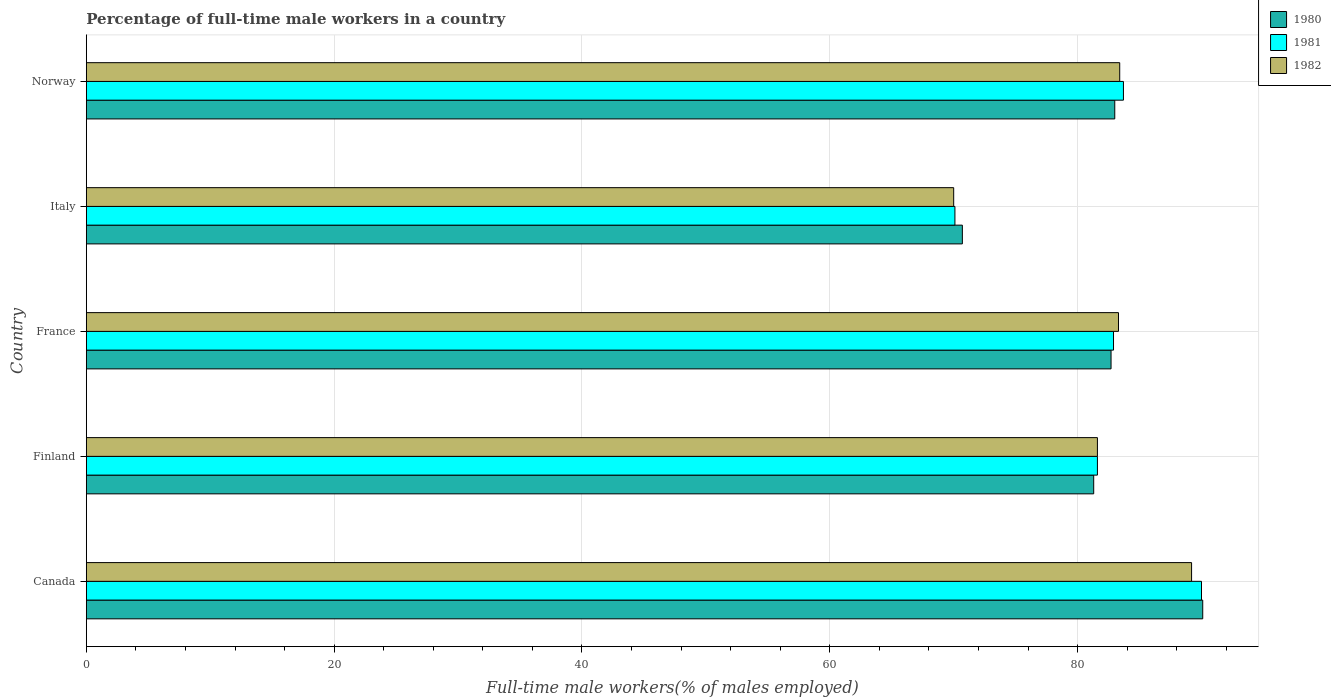
| Country | 1980 | 1981 | 1982 |
 | --- | --- | --- | --- |
 | Canada | 90.1 | 90 | 89.2 |
 | Finland | 81.3 | 81.6 | 81.6 |
 | France | 82.7 | 82.9 | 83.3 |
 | Italy | 70.7 | 70.1 | 70 |
 | Norway | 83 | 83.7 | 83.4 |